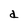
Character: d